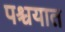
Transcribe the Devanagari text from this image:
पश्चयात